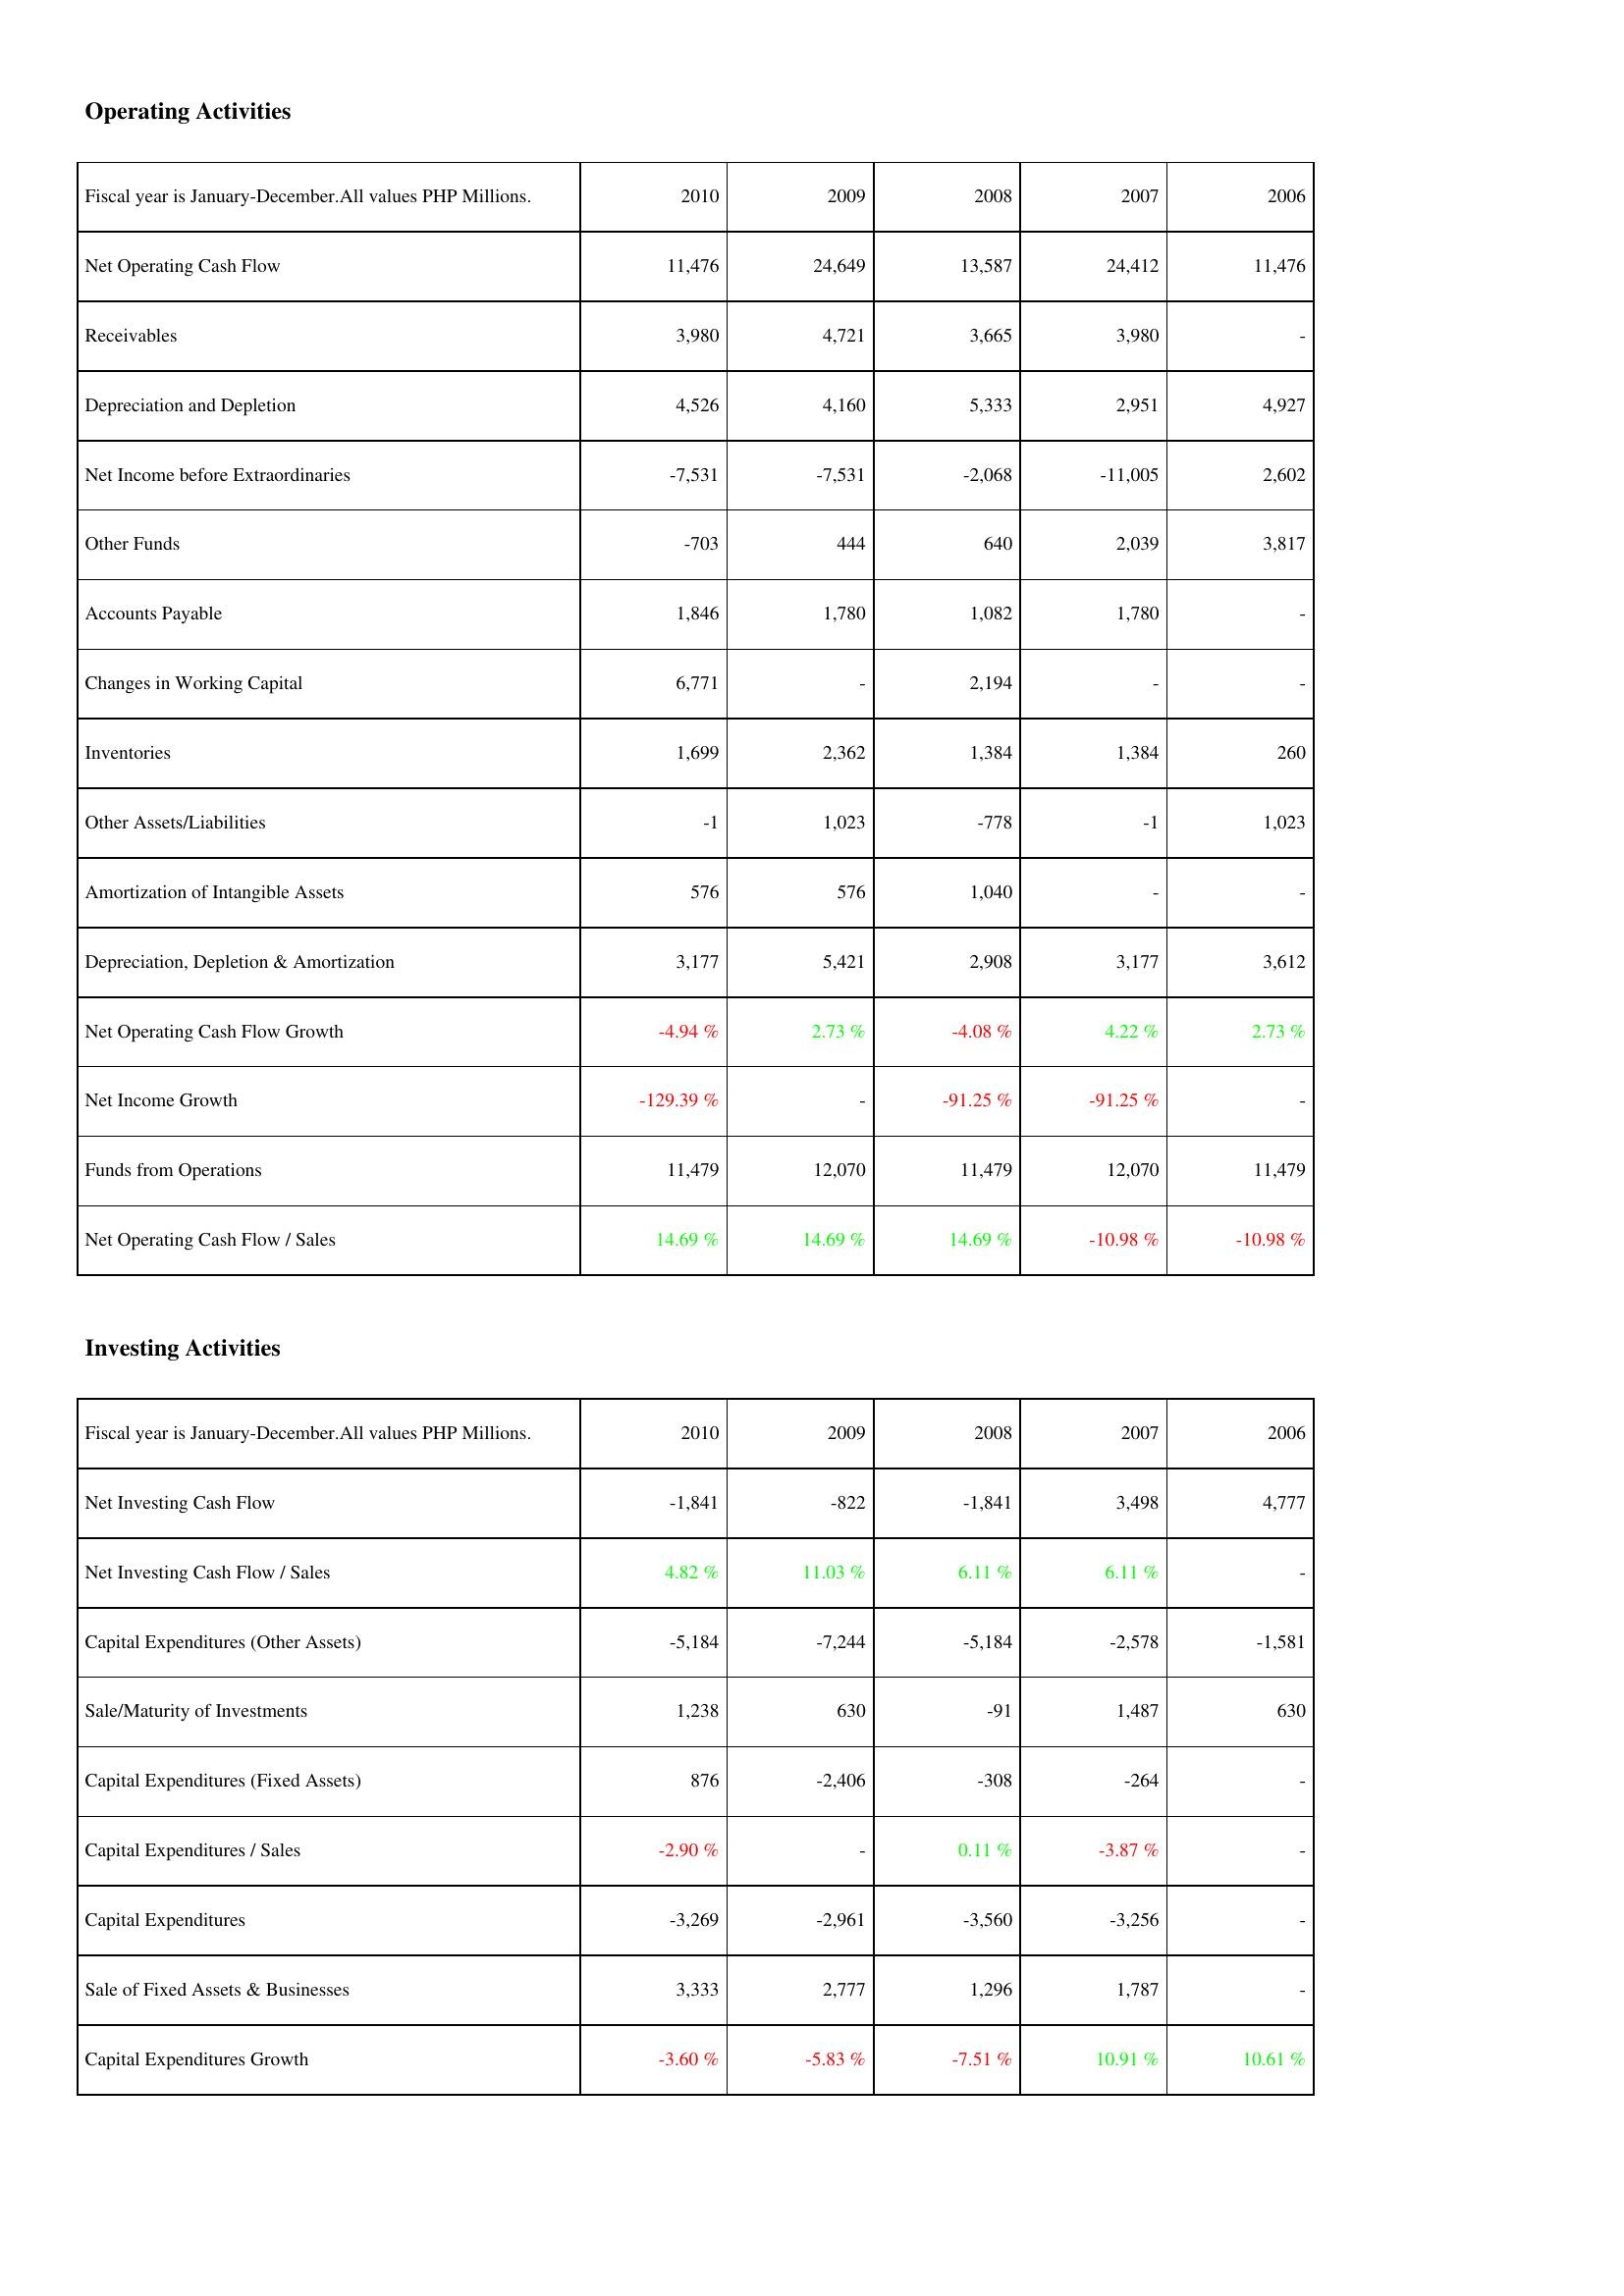
2010: Operating Activities: Net Operating Cash Flow: 11,476
Receivables: 3,980
Depreciation and Depletion: 4,526
Net Income before Extraordinaries: -7,531
Other Funds: -703
Accounts Payable: 1,846
Changes in Working Capital: 6,771
Inventories: 1,699
Other Assets/Liabilities: -1
Amortization of Intangible Assets: 576
Depreciation, Depletion & Amortization: 3,177
Net Operating Cash Flow Growth: -4.94 %
Net Income Growth: -129.39 %
Funds from Operations: 11,479
Net Operating Cash Flow / Sales: 14.69 %
Investing Activities: Net Investing Cash Flow: -1,841
Net Investing Cash Flow / Sales: 4.82 %
Capital Expenditures (Other Assets): -5,184
Sale/Maturity of Investments: 1,238
Capital Expenditures (Fixed Assets): 876
Capital Expenditures / Sales: -2.90 %
Capital Expenditures: -3,269
Sale of Fixed Assets & Businesses: 3,333
Capital Expenditures Growth: -3.60 %
2009: Operating Activities: Net Operating Cash Flow: 24,649
Receivables: 4,721
Depreciation and Depletion: 4,160
Net Income before Extraordinaries: -7,531
Other Funds: 444
Accounts Payable: 1,780
Changes in Working Capital: -
Inventories: 2,362
Other Assets/Liabilities: 1,023
Amortization of Intangible Assets: 576
Depreciation, Depletion & Amortization: 5,421
Net Operating Cash Flow Growth: 2.73 %
Net Income Growth: -
Funds from Operations: 12,070
Net Operating Cash Flow / Sales: 14.69 %
Investing Activities: Net Investing Cash Flow: -822
Net Investing Cash Flow / Sales: 11.03 %
Capital Expenditures (Other Assets): -7,244
Sale/Maturity of Investments: 630
Capital Expenditures (Fixed Assets): -2,406
Capital Expenditures / Sales: -
Capital Expenditures: -2,961
Sale of Fixed Assets & Businesses: 2,777
Capital Expenditures Growth: -5.83 %
2008: Operating Activities: Net Operating Cash Flow: 13,587
Receivables: 3,665
Depreciation and Depletion: 5,333
Net Income before Extraordinaries: -2,068
Other Funds: 640
Accounts Payable: 1,082
Changes in Working Capital: 2,194
Inventories: 1,384
Other Assets/Liabilities: -778
Amortization of Intangible Assets: 1,040
Depreciation, Depletion & Amortization: 2,908
Net Operating Cash Flow Growth: -4.08 %
Net Income Growth: -91.25 %
Funds from Operations: 11,479
Net Operating Cash Flow / Sales: 14.69 %
Investing Activities: Net Investing Cash Flow: -1,841
Net Investing Cash Flow / Sales: 6.11 %
Capital Expenditures (Other Assets): -5,184
Sale/Maturity of Investments: -91
Capital Expenditures (Fixed Assets): -308
Capital Expenditures / Sales: 0.11 %
Capital Expenditures: -3,560
Sale of Fixed Assets & Businesses: 1,296
Capital Expenditures Growth: -7.51 %
2007: Operating Activities: Net Operating Cash Flow: 24,412
Receivables: 3,980
Depreciation and Depletion: 2,951
Net Income before Extraordinaries: -11,005
Other Funds: 2,039
Accounts Payable: 1,780
Changes in Working Capital: -
Inventories: 1,384
Other Assets/Liabilities: -1
Amortization of Intangible Assets: -
Depreciation, Depletion & Amortization: 3,177
Net Operating Cash Flow Growth: 4.22 %
Net Income Growth: -91.25 %
Funds from Operations: 12,070
Net Operating Cash Flow / Sales: -10.98 %
Investing Activities: Net Investing Cash Flow: 3,498
Net Investing Cash Flow / Sales: 6.11 %
Capital Expenditures (Other Assets): -2,578
Sale/Maturity of Investments: 1,487
Capital Expenditures (Fixed Assets): -264
Capital Expenditures / Sales: -3.87 %
Capital Expenditures: -3,256
Sale of Fixed Assets & Businesses: 1,787
Capital Expenditures Growth: 10.91 %
2006: Operating Activities: Net Operating Cash Flow: 11,476
Receivables: -
Depreciation and Depletion: 4,927
Net Income before Extraordinaries: 2,602
Other Funds: 3,817
Accounts Payable: -
Changes in Working Capital: -
Inventories: 260
Other Assets/Liabilities: 1,023
Amortization of Intangible Assets: -
Depreciation, Depletion & Amortization: 3,612
Net Operating Cash Flow Growth: 2.73 %
Net Income Growth: -
Funds from Operations: 11,479
Net Operating Cash Flow / Sales: -10.98 %
Investing Activities: Net Investing Cash Flow: 4,777
Net Investing Cash Flow / Sales: -
Capital Expenditures (Other Assets): -1,581
Sale/Maturity of Investments: 630
Capital Expenditures (Fixed Assets): -
Capital Expenditures / Sales: -
Capital Expenditures: -
Sale of Fixed Assets & Businesses: -
Capital Expenditures Growth: 10.61 %